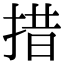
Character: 措